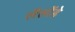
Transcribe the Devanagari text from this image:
लैलोंडे